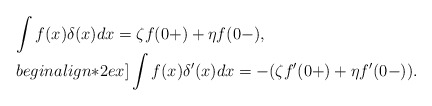
\begin{align*}\begin{array}{l}\displaystyle\int f(x)\delta(x)dx= \zeta f(0+)+\eta f(0-),\\begin{align*}2ex]\displaystyle\int f(x)\delta'(x)dx=-(\zeta f'(0+)+\eta f'(0-)).\end{array}\end{align*}